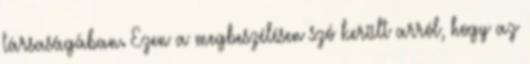
társaságában. Ezen a megbeszélésen szó került arról, hogy az